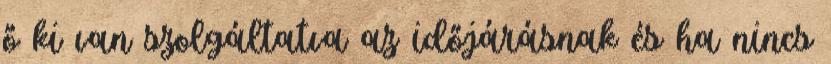
ő ki van szolgáltatva az időjárásnak és ha nincs